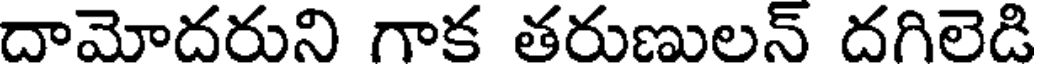
దామోదరుని గాక తరుణులన్ దగిలెడి